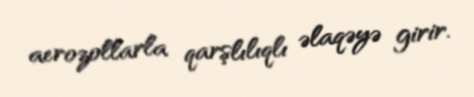
aerozollarla qarşlılıqlı əlaqəyə girir.